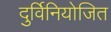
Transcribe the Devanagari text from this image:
दुर्विनियोजित